Papers set at the Examination for Leaving Certificates, 1889
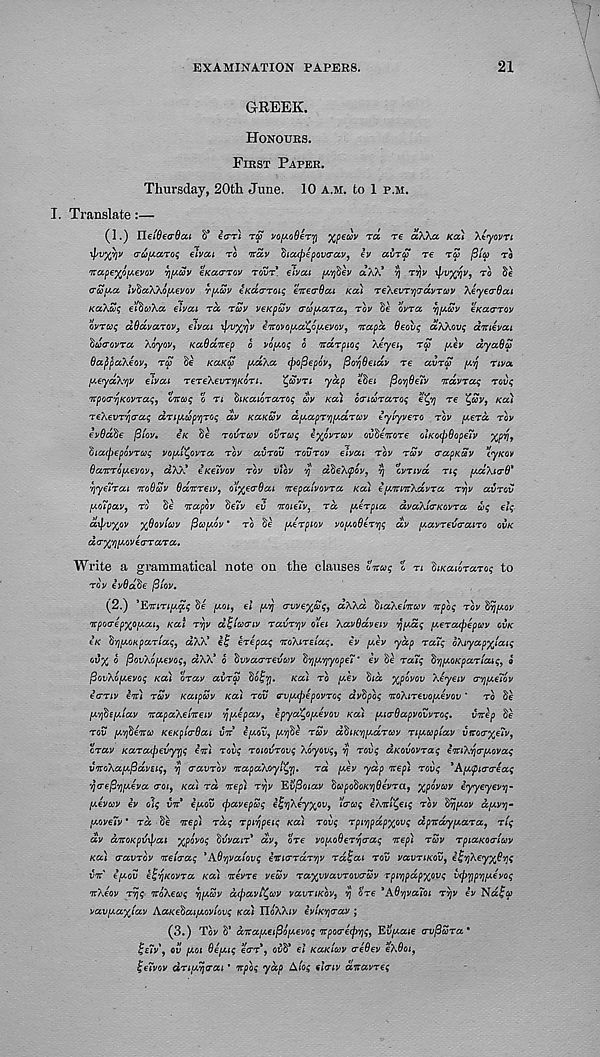
EXAMINATION PAPERS.
21
GREEK.
HONOURS.
FIRST PAPER.
Thursday, 20th June. 10 A.M. to 1 P.M.
I. Translate:—
(1.) JleiOeaOai S* ear) rS vo{AoOerri %peuv ra re aKkct KCC) Xeyovn
4'VXV V PUfActroq elvcu ro ita,v $icc(pepov<rav, ev avru re ru fit a ro
rcapex^evov vjpcov eKccarov rovr. elvcu pfiev aXX* T) rrjv
T ®
aapet IvdctXkofAevov T[AUV eKciaroiq enecrOcu KCU reXevrvjcrdvruv XeyeaOcu
KccXcoq eitiaXct elvcu ra, ruv veKpuv aupara, rov $e ovra ypav eKctarov
ovrcot; dQavarov, elvai 4 >V XV V eftovofAct^ofAevov, napd 6eovq aXkovq dirievai
Suaovra Xoyov, KaOdnep o VO(AO$ O Ttdrpioq Xeyei f ra [tev dyad a
BajtpaXeov, ra Se KaKa ptaXa cpofiepov, fiovjOeictv re avra [ty nva
y.eyaXyv elvat rereXevr'/jKori.
^avn ydp edei (Bo’/jOeiV itavraq rove;
'Ttpoa-fiKovraq^ cnaq o ri fitKaioraroq av Ka\ oaiararoq etyj re
Ka)
reXevr'/jaaq dri[Aapvjroq dv KUKUV dpapr'/jpcdrav eyiyvero rov [Aera rov
evOdfie j3iov,
etc Se rovr a v ovraq eyjtvrav ov’be'Kore olfcocpdopeTv %py 9
fiiacpepovraq vofAl^ovra rov avrov rovrov elvai rov rav aapKav tyfcov
OaTcrofAevov, aXX* eKeivov rov vtov y d'deXcpov, Tj ovrivd nq [ACCXHTO*
vjyeTrai 'itodav Odicreiv, o’l'xecdai ntepalvovra KCU e[ATwrXdvra rrjv avrov
[AoTpav, ro $e ntapov Se?v ev noie'iVj rd [Aerpia dvaXicrKovra uq elq
difsvxov xOoviav (3a[Aov * TO
[Aerpiov vo[Ao6erv)q dv [Aavrevaairo QVK
dayyilAovearrara.
Write a grammatical note on the clauses onaq o n liKadraroq to
TO v ivBabe (3iov,
(2.) *E'jriri[A$q $e [AOI, el /AIJ avv€%aq, aXXa diaXelirav npoq rov Brj/Aov
'icpoaepxofAaiy Kai rvjv dijiaaiv ravrvjv o’lei Xavddveiv vjfAaq [Aeracpepuv OVK
IK 'brjiAOKpariaq, aXX* e£ erepaq noXireiaq. ev [Aev ydp rotiq oXiyap^iaiq
ov% o PovXojAevoq, aXX* 6 dvvaarevav ^[A'rjyopeT ’ ev §e raiq dyfAOKpariaiq, o
/SovXo/Aevoq Ka) orav avra 'to^ri. Ka) ro [Aev §id xpovov Xeyeiv crvjfAeTov
ierriv eir) rav Kaipav Ka) rov <rv[A(pepovroq dvdpoq TroXirevo/Aevov ' ro Se
[A'/jbefAiav napaXeiTveiv rffAepav, epya^OfAevov Ka) [AiaOapvovvroq.
vnvep de
rov [A'fiena KeKpladai UTT* e/xov, [AV)$e rav d$iKV)[Adrav rtfAapiav viroaxeiv,
crav Karaipevyrjq e'lt) rovq roiovrovq Xoyovq, vj rovq aKOvovraq e'lriXYjcr/Aovaq
v'ltoXaiApdveiq, vj a avrov TtapaXoyl^vj. rd [Aev ydp nep) rovq ' AfApiacreaq
yo-epvjfAeva aot, KO) rd nep) ryv Ev^oiav fiapodoKYjOevra, xpovav eyyeyevy-
[Aevav ev olq vn €/AOV (pavepaq e^vjXeyxov, Iraq eX r itiC > eiq rov drj/Aov dfAVVj-
[AoveTv * rd Se irep) rdq rpirjpeiq Ka) rovq rpr/jpdpxovq dpirdyiAara, riq
dv diroKpvypai %povoq dvvair* dv, ore vocoderY\aaq irep) rav rpiaKoalav
Ka) aavrov neio-aq 'Ad^vaiovq eviararviv rd%ai rov vavriKOv, e^vjXeyxdvjq
VTC' i[Aov eZyKovra Ka) nevre veav ra^vvavrovauv rpiypdpxovq tKpTipvjfAevoq
nXeov ryjq iroXeaq r}[Aav dcpavi^av vavriKov, vj tire 'AdyvaToi ryv ev Nafo?
vavpaxiav AaKedai/Aovtovq Ka) IloXXfv eviKYjaav ;
(3.) Tov S’ dTra[Aeipo[Aevoq irpoaecpYiq, EvfAaie crvflura*
^e7v\ OV [AQi defAiq ear', OJ5S* el KaKiav aedev eXOoi,
Hewov drifA^aai * itpoq ydp A(oq elaiv diravreq